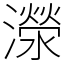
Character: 濴